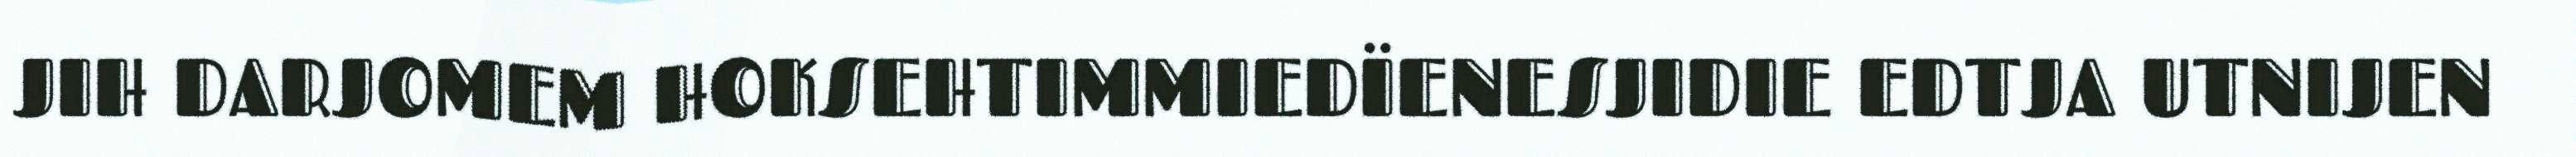
JIH DARJOMEM HOKSEHTIMMIEDÏENESJIDIE EDTJA UTNIJEN